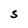
Character: S